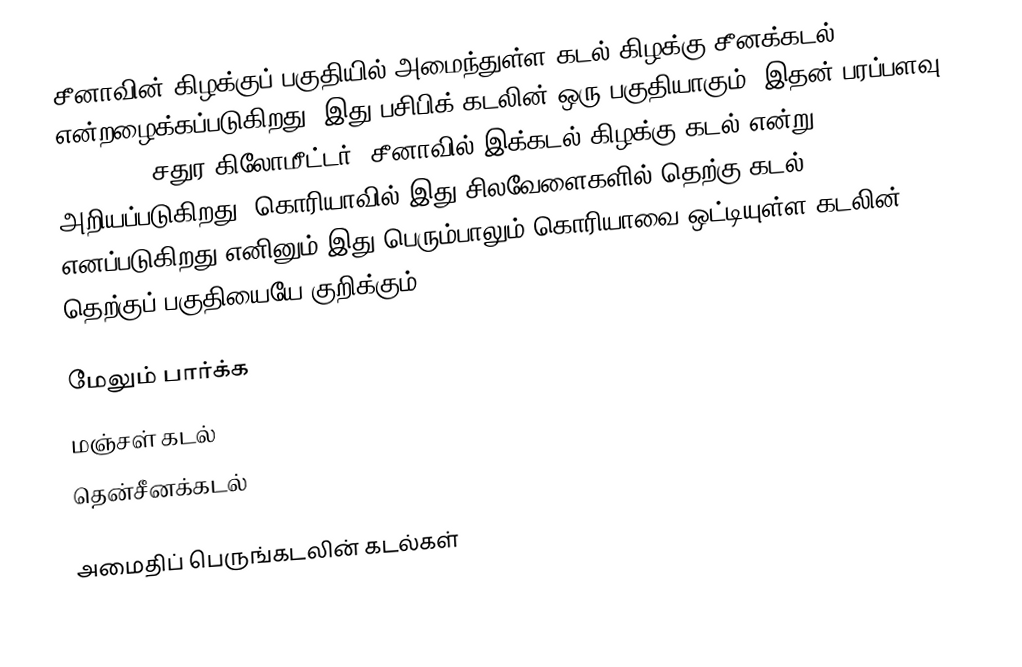
சீனாவின் கிழக்குப் பகுதியில் அமைந்துள்ள கடல் கிழக்கு சீனக்கடல் என்றழைக்கப்படுகிறது. இது பசிபிக் கடலின் ஒரு பகுதியாகும். இதன் பரப்பளவு 1,249,000 சதுர கிலோமீட்டர். சீனாவில் இக்கடல் கிழக்கு கடல் என்று அறியப்படுகிறது. கொரியாவில் இது சிலவேளைகளில் தெற்கு கடல் எனப்படுகிறது எனினும் இது பெரும்பாலும் கொரியாவை ஒட்டியுள்ள கடலின் தெற்குப் பகுதியையே குறிக்கும்.

மேலும் பார்க்க
 மஞ்சள் கடல்
 தென்சீனக்கடல்

அமைதிப் பெருங்கடலின் கடல்கள்